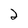
Character: 2